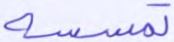
تمسسه